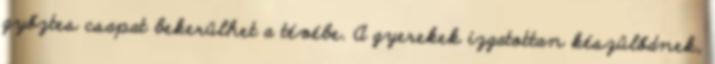
győztes csapat bekerülhet a tévébe. A gyerekek izgatottan készülődnek,